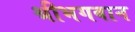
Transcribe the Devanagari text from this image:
श्रीभगवान